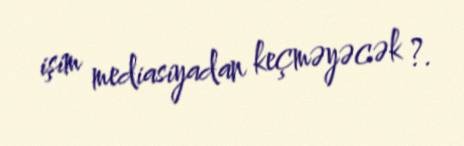
işim mediasiyadan keçməyəcək ?.